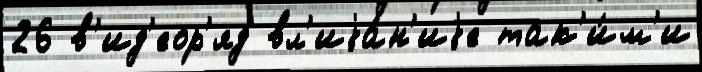
26 в'ид'еор'яд вл'иjа́н'иjе так'и́м'и